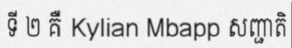
ទី ២ គឺ Kylian Mbapp សញ្ជាតិ